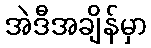
အဲဒီအချိန်မှာ